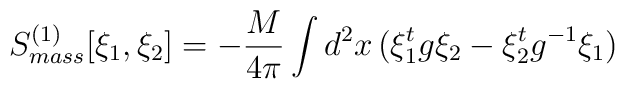
S_{mass}^{(1)} [\xi_1,\xi_2] = - \frac{M}{4\pi} \int d^2x \, ( \xi_1^t g\xi_2 - \xi_2^t g^{-1} \xi_1)